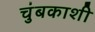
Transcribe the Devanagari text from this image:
चुंबकाशी